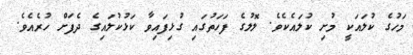
މަހުގެ ކުލައަކީ މުށި ކުލައެކެވެ. ލޮލުގެ ފަހަތުގައި ގުޅިފައިވާ ކަޅުކުލައިގެ ދެފަށް ހުރެއެވެ.